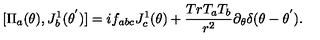
[ { \Pi } _ { a } ( \theta ) , J _ { b } ^ { 1 } ( { \theta } ^ { ' } ) ] = i f _ { a b c } J _ { c } ^ { 1 } ( \theta ) + \frac { T r T _ { a } T _ { b } } { r ^ { 2 } } { \partial } _ { \theta } { \delta } ( \theta - { \theta } ^ { ' } ) .